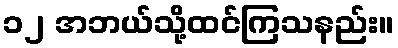
၁၂ အဘယ်သို့ထင်ကြသနည်း။